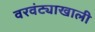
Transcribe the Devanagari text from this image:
वरवंट्याखाली